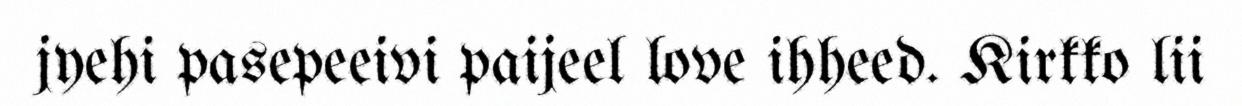
jyehi pasepeeivi paijeel love ihheed. Kirkko lii